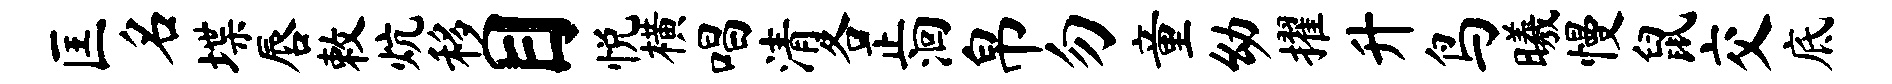
匡名堞唇敕炕移目悦横唱清各正洄帛勿童幼擢升鸟曦慢鼠交底